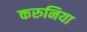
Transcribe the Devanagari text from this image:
करुनिया